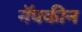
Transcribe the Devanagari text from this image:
नॅपकीन